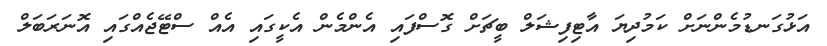
އަޅުގަނޑުމެންނަށް ކަމުދިޔަ އާޓިފިޝަލް ބީޗަށް ގޮސްފައި އެންމެން އެކީގައި އެއް ސްޓޭޖެއްގައި އޮނަރަބަލް